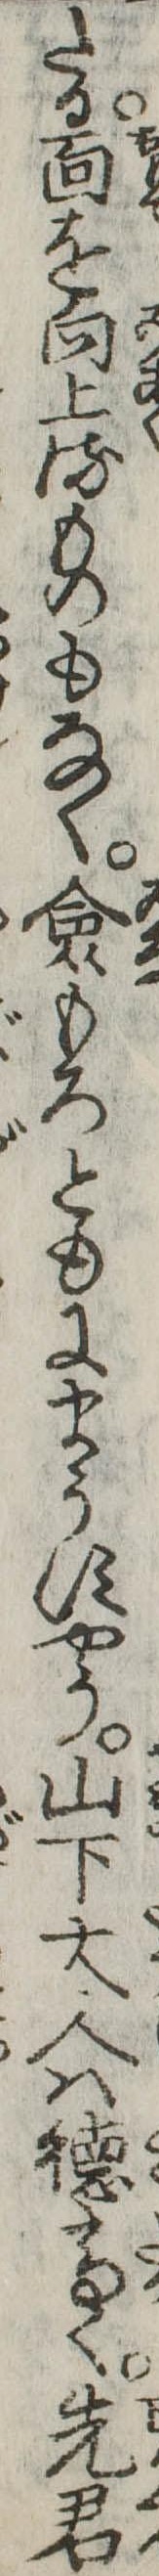
たる面を向上るものもなく僉もろともにまうすやう山下大人は徳高く先君